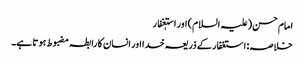
امام حسن(علیہ السلام) اور استٖغفار
خلاصہ: استغفار کے ذریعہ خدا اور انسان کا رابطہ مضبوط ہوتا ہے۔